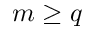
m \geq q